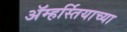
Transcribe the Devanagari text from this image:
ॲम्हर्स्तियाच्या